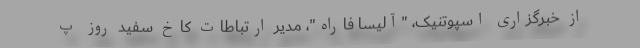
از خبرگزاری اسپوتنیک، "آلیسا فاراه"، مدیر ارتباطات کاخ سفید روز پ